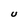
Character: U